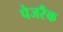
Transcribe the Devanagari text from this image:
पेजरॅँक